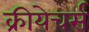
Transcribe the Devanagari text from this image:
क्रीयेचर्स